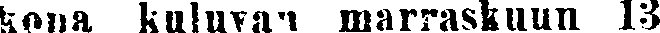
kona kuluvan marraskuun 13